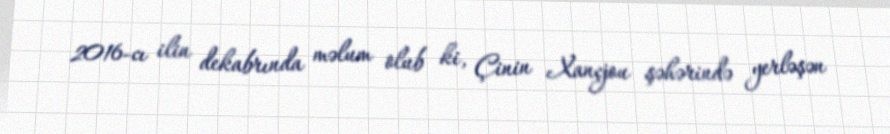
2016-cı ilin dekabrında məlum olub ki, Çinin Xançjou şəhərində yerləşən